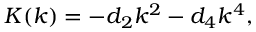
K ( k ) = - d _ { 2 } k ^ { 2 } - d _ { 4 } k ^ { 4 } ,